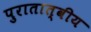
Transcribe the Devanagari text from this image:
पुरातात्वीय